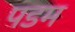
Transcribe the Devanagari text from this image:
पडम